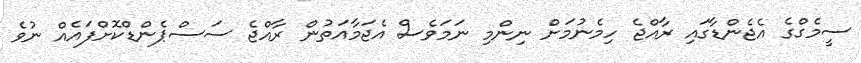
ސީމެގްގެ އެޖެންޑާގައި ރާއްޖެ ހިމެނުމަށް ނިންމި ނަމަވެސް އެޖަމާއަތުން ރާއްޖެ ސަސްޕެންޑްކޮށްފައެއް ނުވެ